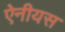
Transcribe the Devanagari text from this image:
ऐनीयस